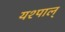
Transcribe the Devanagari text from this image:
यश्पाल्